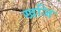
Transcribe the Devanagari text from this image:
खजि